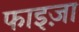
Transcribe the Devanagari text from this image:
फाइज़ा